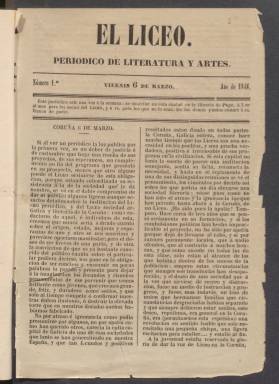
Título: El Liceo (Coruña)
Colección: Literatura || Cultura
Ámbito geográfico: La Coruña
Lugar de publicación: Coruña
Fechas: 06/03/1846-22/05/1846

Periódico semanal de literatura y artes redactado por jóvenes socios del Liceo de La Coruña, institución que estaba ya formada y a punto de inaugurarse sus actos culturales cuando se edita el primer número de la publicación en marzo de 1846. En este se dice que el deseo de que la ciudad gallega contara con un Liceo artístico y literario se dejaba sentir desde hacía tres años, pero se había pospuesto su realización por las ‘convulsiones políticas’.

  Con esta alusión a los problemas políticos el periódico se refería al primer movimiento de reivindicación autonomista vivido en Galicia, movimiento revolucionario que fue reprimido duramente precisamente este año de 1846, aunque la publicación no hable expresamente de ello.

  El periódico constaba de ocho páginas y su contenido se centraba principalmente en las actividades del Liceo y en la publicación de relatos histórico, novelas y poemas, todos ellos marcados por el espíritu romántico en boga en la época. La mayoría de las composiciones están escritas en castellano, pero puede verse alguna poesía en gallego.

  Es muy significativa la participación de mujeres en el Liceo, algo que el periódico en su primer número elogia positivamente de esta singular manera: ‘Sabemos con gusto que un no pequeño número de señoras han decididlo concurrir a las sesiones del Liceo usando en sus trajes la mayor posible sencillez. Aplaudimos de corazón una idea tan conforme con la índole de estas sociedades, cuyo principal y más terrible enemigo es el lujo, que no todas las familias tienen posibilidad de sostener, y que retrayendo a muchas en un principio concluye por hacer imposible toda reunión que no sea de un corto y determinado número de personas, las cuales tal vez no pueden prestar a la sociedad que han desquiciado otro servicio que la ostentación de sus riquezas’.

  Los artículos de fondo explicando los pormenores y dificultades en el camino para la constitución del Liceo de La Coruña se deben al médico Benito Amado Salazar, quien dos años después, en 1848, conseguiría el doctorado en Ginecología por la Universidad Central de Madrid.

  No obstante, el director del periódico fue el poeta, dramaturgo y periodista José Puente y Brañas, que fue catedrático del Instituto de La Coruña, donde enseñó retórica y poética, y fue autor de obras dramáticas como ‘María Pita’. De acuerdo con el ensayista e historiador Alberto Vilanova, tras El Liceo, Puente y Brañas dirigió el Boletín Mercantil e Industrial de Galicia y al morir en 1857 dirigía El Iris de Galicia.

   La BNE solo posee de este título hasta el número 11; es previsible que se editaran más, aunque la publicación apenas ha dejado rastro en la historia del periodismo.

[Descripción publicada el 20/09/2024]